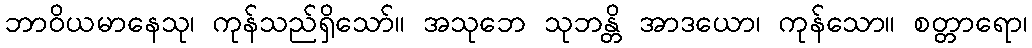
ဘာဝိယမာနေသု၊ ကုန်သည်ရှိသော်။ အသုဘေ သုဘန္တိ အာဒယော၊ ကုန်သော။ စတ္တာရော၊